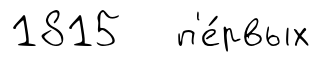
1815 п'е́рвых